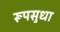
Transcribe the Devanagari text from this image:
रूपसुधा